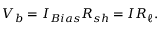
V _ { b } = I _ { B i a s } R _ { s h } = I R _ { \ell } .